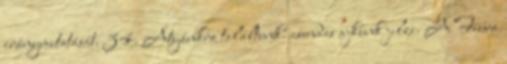
iránymutatását. 34. Atyánkra találtunk: csendes ajkunk jelzi. A Fiúra